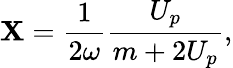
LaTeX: \mathbf{X}=\frac{{1}}{{2\omega}}\frac{{U_{p}}}{{m+2U_{p}}},